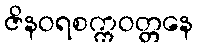
ဇိနဝရစက္ကဝတ္တနေ